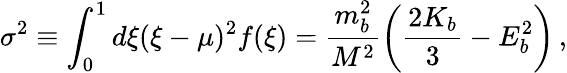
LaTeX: \sigma^{2}\equiv\int_{0}^{1}d\xi(\xi-\mu)^{2}f(\xi)=\frac{m_{b}^{2}}{M^{2}}\left(\frac{2K_{b}}{3}-E_{b}^{2}\right)\, ,